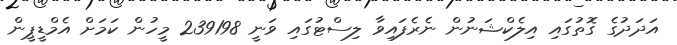
އަދަދުގެ ގޮތުގައި އިލެކްޝަނުން ނެރެފައިވާ ލިސްޓުގައި ވަނީ 239198 މީހުން ކަމަށް އެމްޑީޕީން